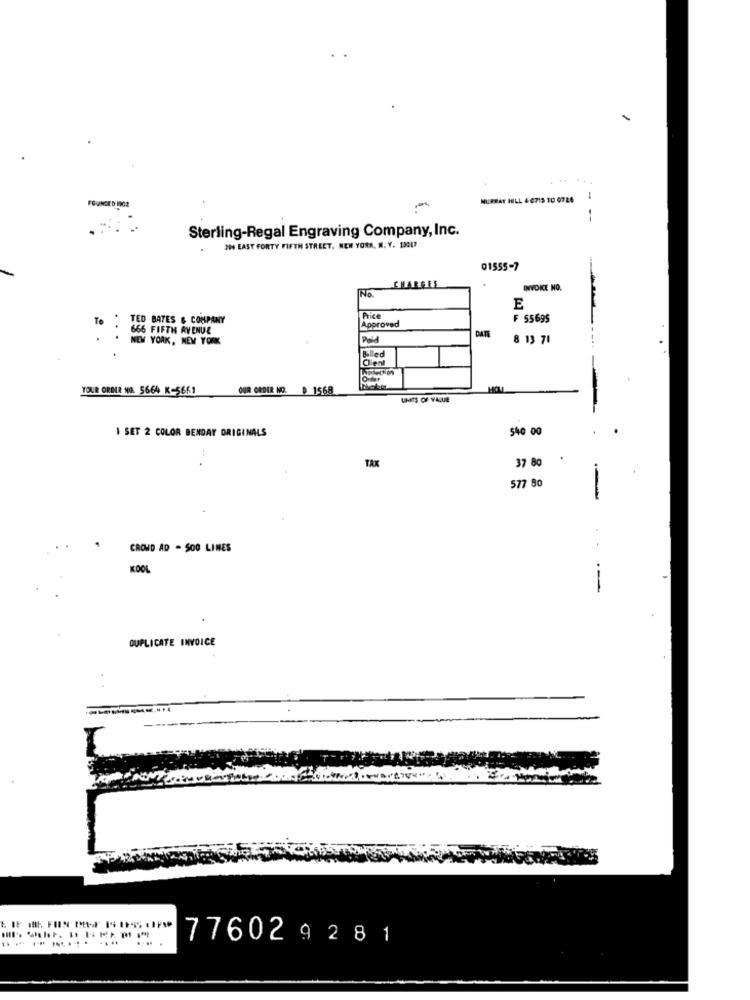
MURRAY HILL 4-6713 10 0724
-
OUNCED 1002
-
Sterling-Regal Engraving Company, Inc.
IN EAST FORTY FIFTH STREET, NEW YORK, N. Y. 12017
01555-7
No
CHARGES
INVOICE NO.
E
To
TED BATES & COMPANY
Price
F 55695
666 FIFTH AVENUE
Approved
:
NEW YORK, NEW YORK
Paid
DATE
8 13 71
Billed
Client
YOUR ORDER NO. 5664 K-5661
OUR ORDER NO.
1568
HOLL
UNTS OF VALUE
540 00
1 SET 2 COLOR BENDAY ORIGINALS
TAX
37 80
577 80
-
CROWD AD - SOO LINES
KOOL
--
DUPLICATE INVOICE
------
77602 9 281